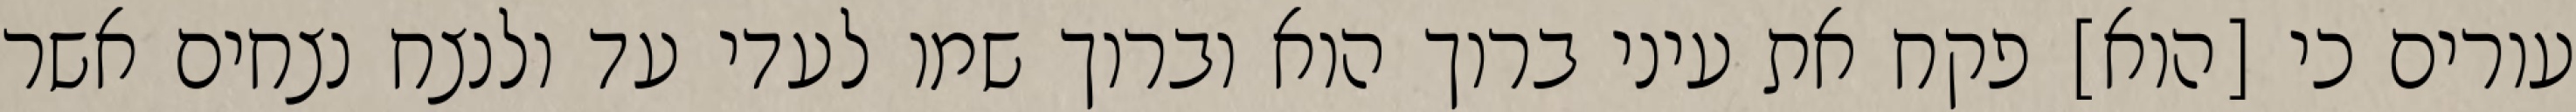
עורים כי [הוא] פקח את עיני ברוך הוא וברוך שמו לעדי עד ולנצח נצחים אשר